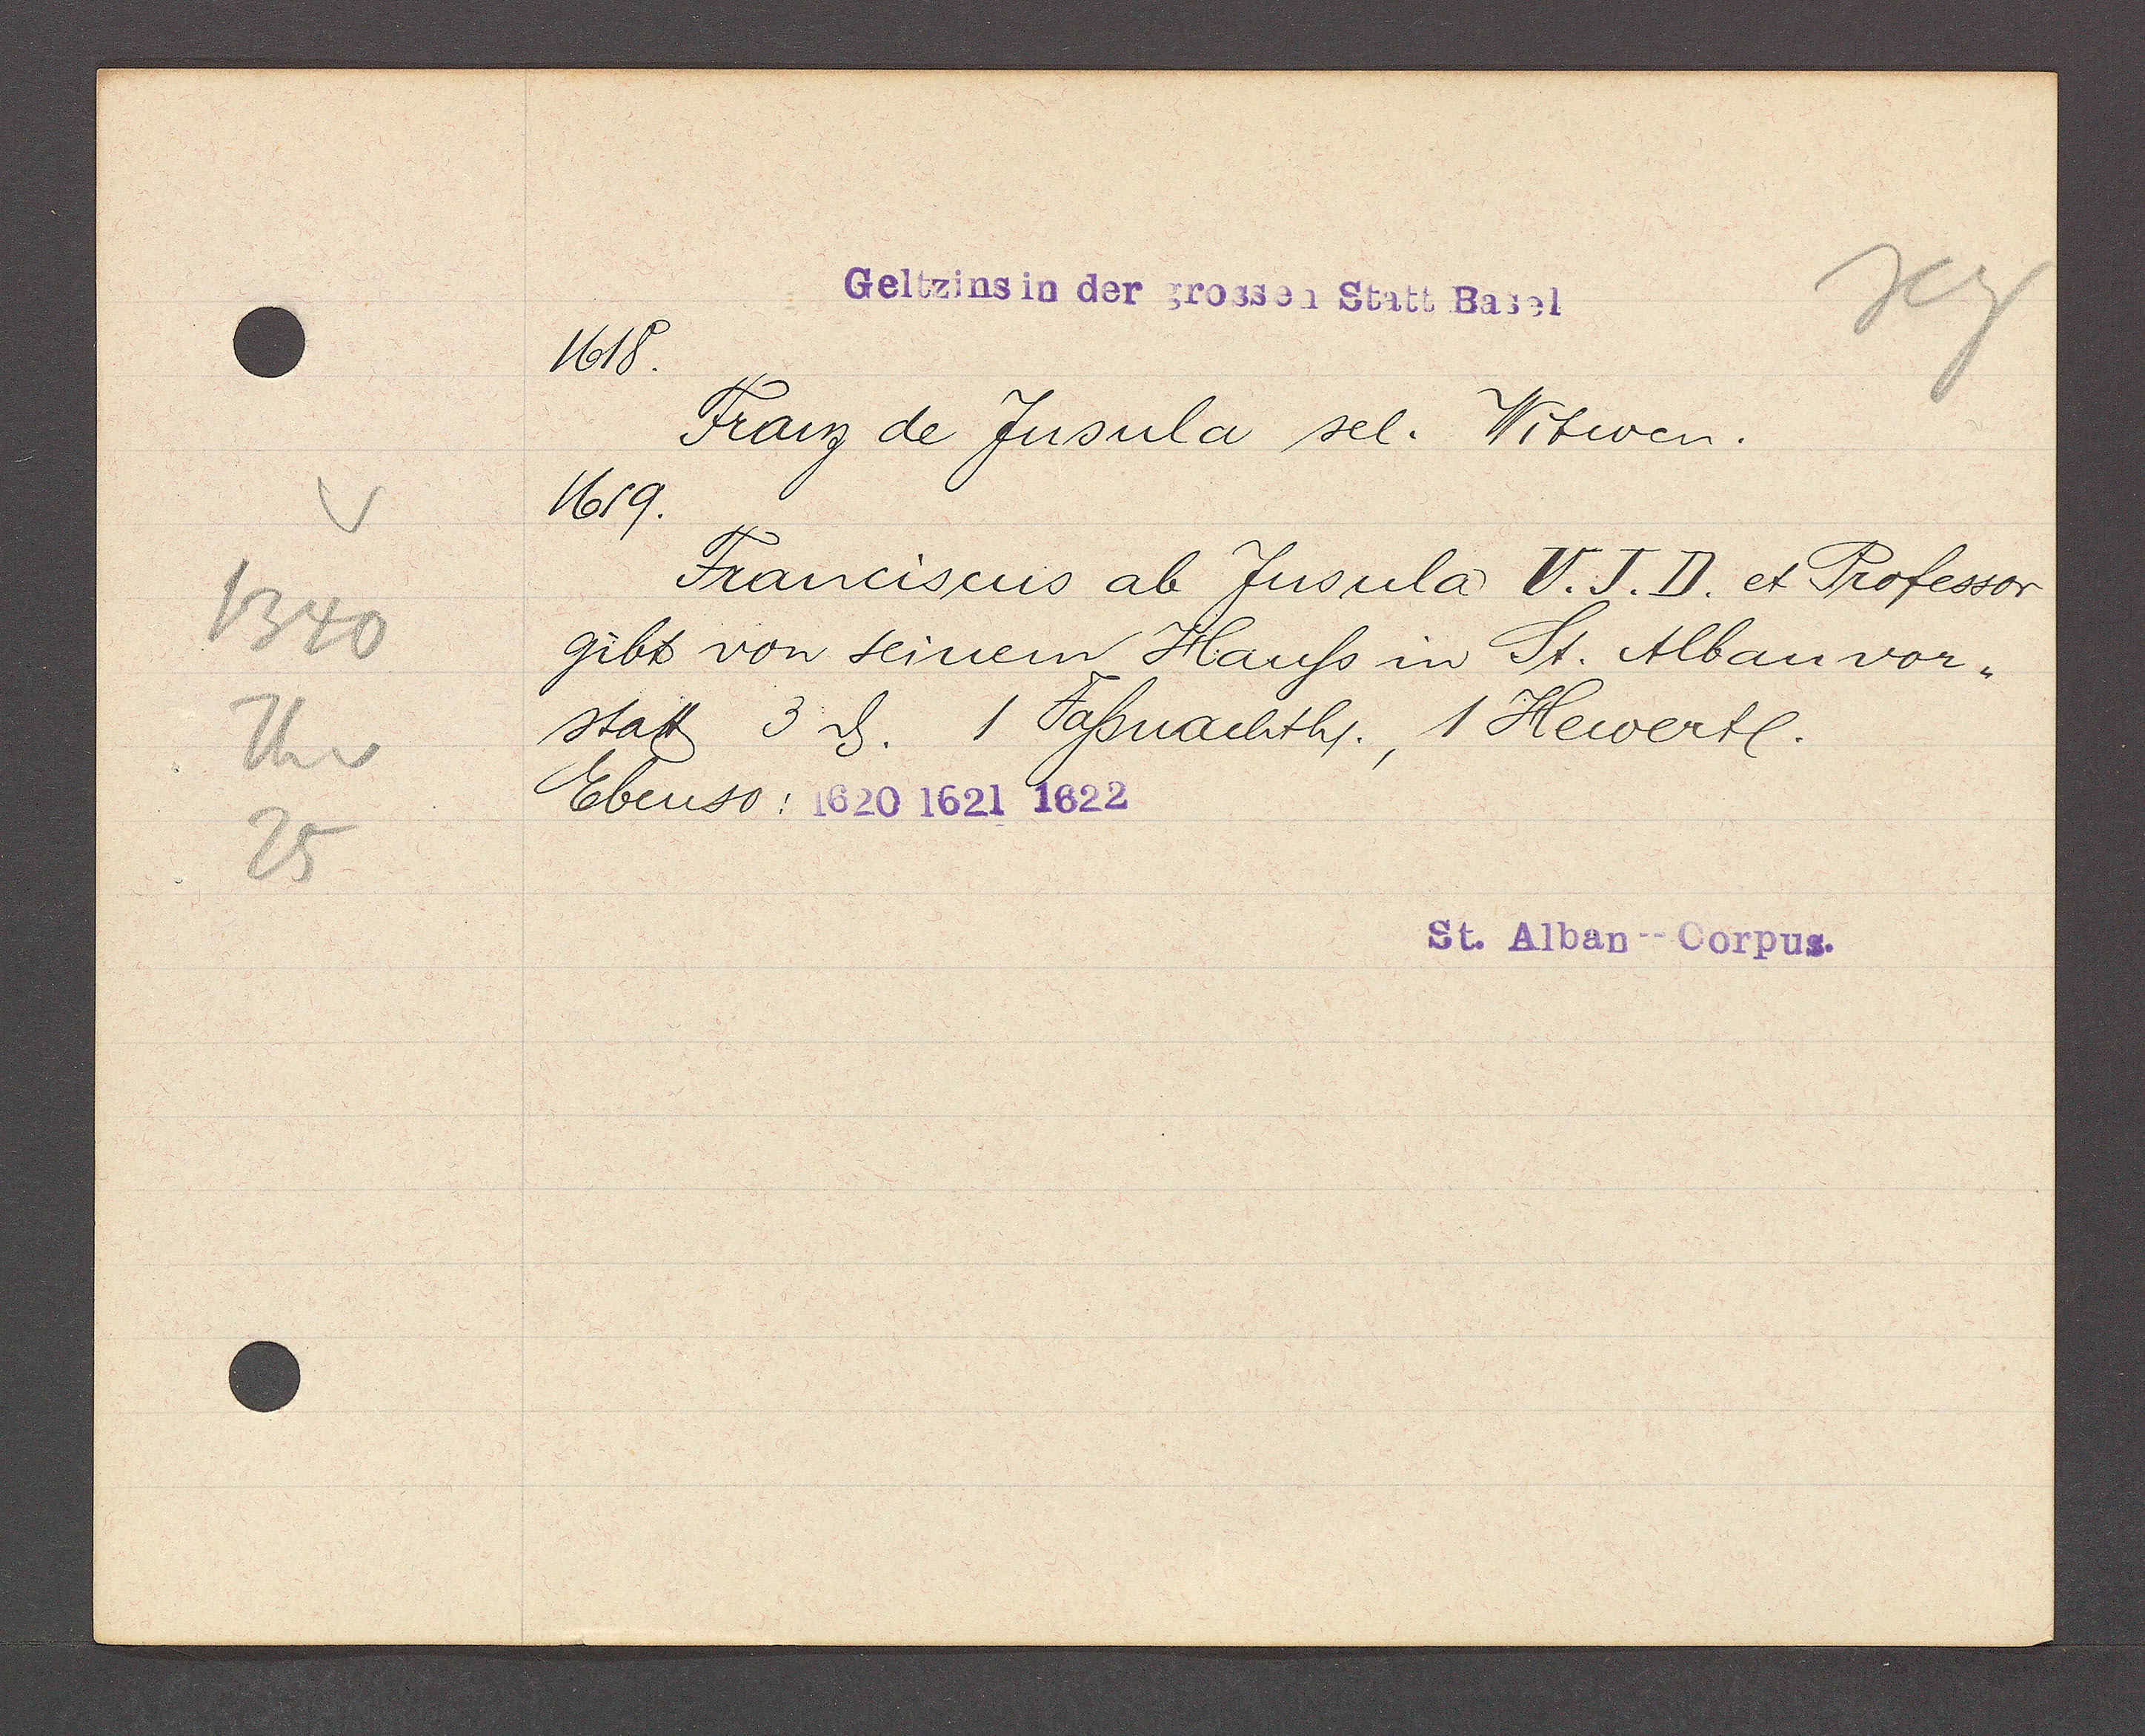
Transcript:
1340
Th v
25

Geltzins in der grossen Statt Basel
1618.

Franz de Jusula sel. Witwen.
1619.
Franciscus ab Jusula V. J. D. et Professor
gibt von seinem Hauss in St. Alban vor¬
statt 3ȡ. 1 Fasnachth., 1 Hewertl.
Ebenso: 1620 1621 1622

St. Alban--Corpus.